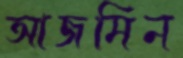
আজমিন